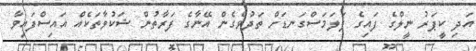
އަދި ކީޕަރު ނީލްގެ ފައިގެ ފަލަމަސްގަނޑަށް ތަދުވެގެން އޭނާގެ ފަރާތުން ޝަކުވާތަކެއް އައިސްފައިވާ